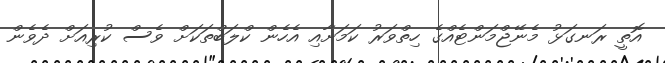
އޮތީ ރަނގަޅު މެނޭޖްމަންޓެއްގެ ހިތްވަރު ކަމަށާއި އެހެން ކްލަބްތަކަށް ވެސް ކުރިއަށް ދެވެން